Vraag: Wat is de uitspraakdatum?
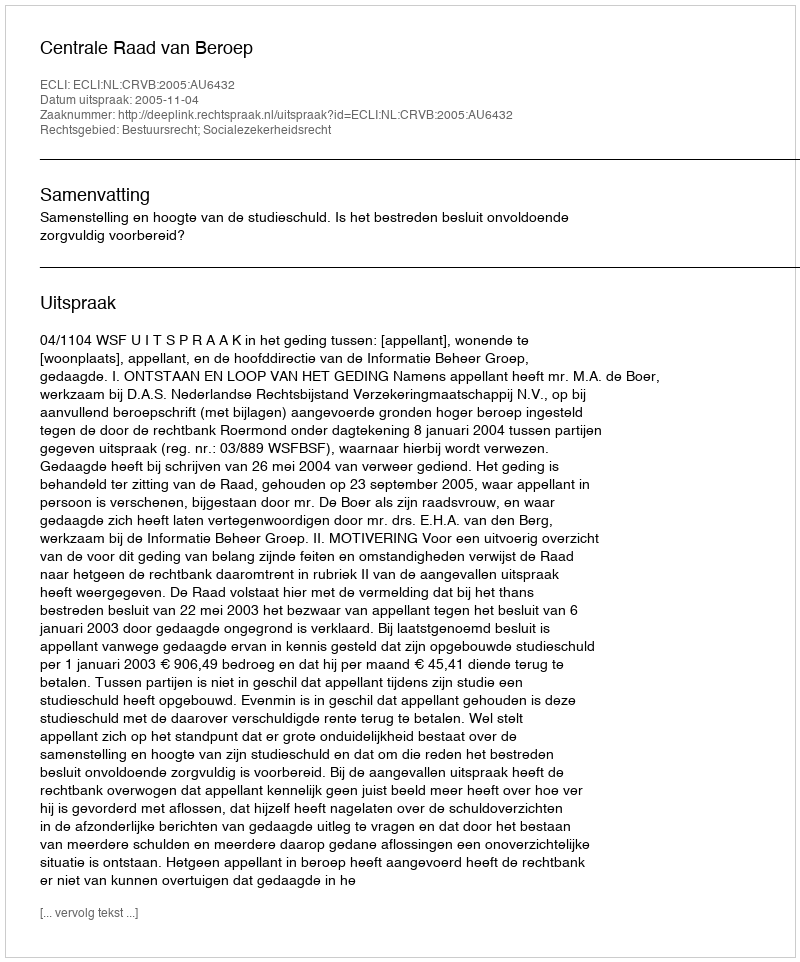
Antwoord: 2005-11-04